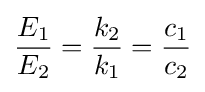
{\frac {E_{1}}{E_{2}}}={\frac {k_{2}}{k_{1}}}={\frac {c_{1}}{c_{2}}}